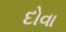
દોવા